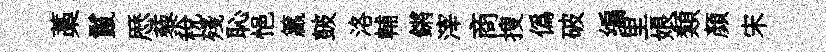
藁鬣厯藜稅殘恥悒籯皷洛輔鏘滓商搜僞破编里娘類顏宋